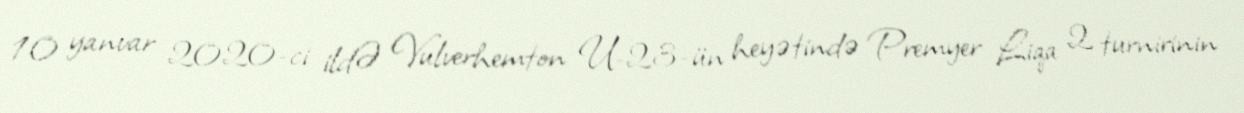
10 yanvar 2020-ci ildƏ Vulverhemton U-23-ün heyətində Premyer Liqa 2 turnirinin